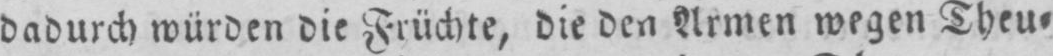
dadurch würden die Früchte, die den Armen wegen Theu⸗